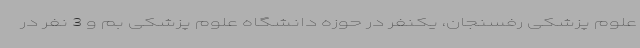
علوم پزشکی رفسنجان، یکنفر در حوزه دانشگاه علوم پزشکی بم و 3 نفر در